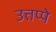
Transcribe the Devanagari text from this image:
उत्तप्पे